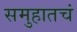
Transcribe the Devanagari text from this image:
समुहातचं